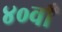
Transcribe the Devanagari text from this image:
४०वाँ